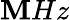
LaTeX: \mathbf{M}Hz